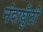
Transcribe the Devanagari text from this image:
नंदाघुँटी